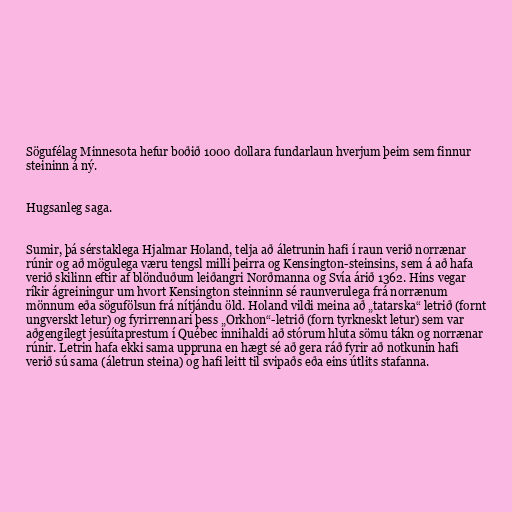
Sögufélag Minnesota hefur boðið 1000 dollara fundarlaun hverjum þeim sem finnur
steininn á ný.

Hugsanleg saga.

Sumir, þá sérstaklega Hjalmar Holand, telja að áletrunin hafi í raun verið norrænar
rúnir og að mögulega væru tengsl milli þeirra og Kensington-steinsins, sem á að hafa
verið skilinn eftir af blönduðum leiðangri Norðmanna og Svía árið 1362. Hins vegar
ríkir ágreiningur um hvort Kensington steinninn sé raunverulega frá norrænum
mönnum eða sögufölsun frá nítjándu öld. Holand vildi meina að „tatarska“ letrið (fornt
ungverskt letur) og fyrirrennari þess „Orkhon“-letrið (forn tyrkneskt letur) sem var
aðgengilegt jesúítaprestum í Québec innihaldi að stórum hluta sömu tákn og norrænar
rúnir. Letrin hafa ekki sama uppruna en hægt sé að gera ráð fyrir að notkunin hafi
verið sú sama (áletrun steina) og hafi leitt til svipaðs eða eins útlits stafanna.